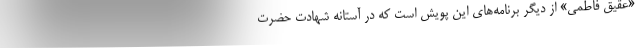
«عقیق فاطمی» از دیگر برنامه‌های این پویش است که در آستانه شهادت حضرت